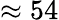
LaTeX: \approx 54